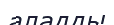
аладды